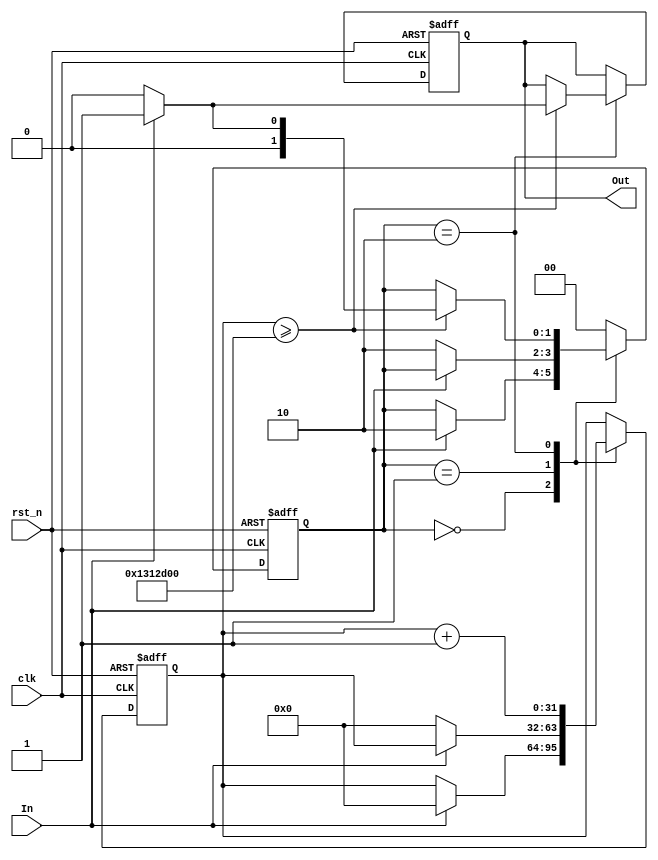
module DebouncedEdgeDetector (
    input wire clk,               // Clock signal
    input wire rst_n,             // Active low reset
    input wire In,                // Noisy input signal
    output reg Out                // Clean output signal
);

    // Parameters
    parameter DEBOUNCE_TIME = 20_000_000; // Adjust this value based on your clock frequency (e.g., for 50ms at 1MHz)
    
    // State registers
    reg [1:0] state;              // Current state (0: stable low, 1: stable high)
    reg [1:0] next_state;         // Next state
    reg [31:0] debounce_counter;   // Counter for debounce timing

    // State encoding
    localparam STABLE_LOW = 2'b00;
    localparam STABLE_HIGH = 2'b01;
    localparam CHANGING = 2'b10;

    // Initial state
    initial begin
        state = STABLE_LOW;
        Out = 0;
        debounce_counter = 0;
    end

    // State transition and debounce logic
    always @(posedge clk or negedge rst_n) begin
        if (!rst_n) begin
            state <= STABLE_LOW;
            Out <= 0;
            debounce_counter <= 0;
        end else begin
            case (state)
                STABLE_LOW: begin
                    if (In) begin
                        // Input went high, start debounce counter
                        debounce_counter <= 0;
                        state <= CHANGING;
                    end
                end
                
                STABLE_HIGH: begin
                    if (!In) begin
                        // Input went low, start debounce counter
                        debounce_counter <= 0;
                        state <= CHANGING;
                    end
                end
                
                CHANGING: begin
                    debounce_counter <= debounce_counter + 1;
                    if (debounce_counter >= DEBOUNCE_TIME) begin
                        // Debounce time reached, update state
                        if (In) begin
                            state <= STABLE_HIGH;
                            Out <= 1; // Output high
                        end else begin
                            state <= STABLE_LOW;
                            Out <= 0; // Output low
                        end
                    end
                end
                
                default: state <= STABLE_LOW; // Default case
            endcase
        end
    end

endmodule